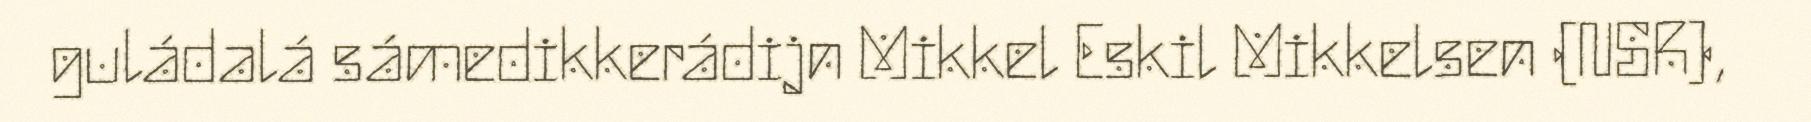
guládalá sámedikkerádijn Mikkel Eskil Mikkelsen (NSR),